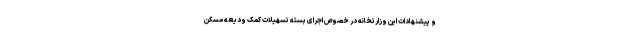
و پیشنهادات این وزارتخانه در خصوص اجرای بسته تسهیلات کمک ودیعه مسکن